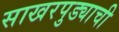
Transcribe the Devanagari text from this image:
साखरपुड्याची